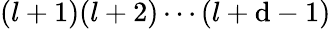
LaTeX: (l+1)(l+2)\cdots(l+\mathrm{d}-1)